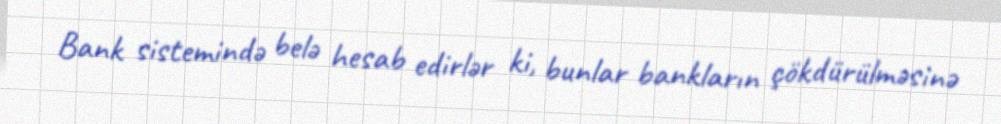
Bank sistemində belə hesab edirlər ki, bunlar bankların çökdürülməsinə